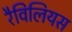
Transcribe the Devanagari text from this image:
रैविलियस